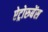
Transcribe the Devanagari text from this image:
ऐट्रोरुबेंस